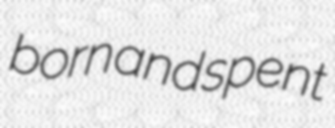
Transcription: born and spent